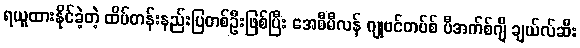
ရယူထားနိုင်ခဲ့တဲ့ ထိပ်တန်းနည်းပြတစ်ဦးဖြစ်ပြီး အေစီမီလန် ဂျုဗင်တပ်စ် ပီအက်စ်ဂျီ ချယ်လ်ဆီး